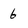
Character: 6